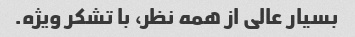
بسیار عالی از همه نظر، با تشکر ویژه.